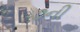
૭ની